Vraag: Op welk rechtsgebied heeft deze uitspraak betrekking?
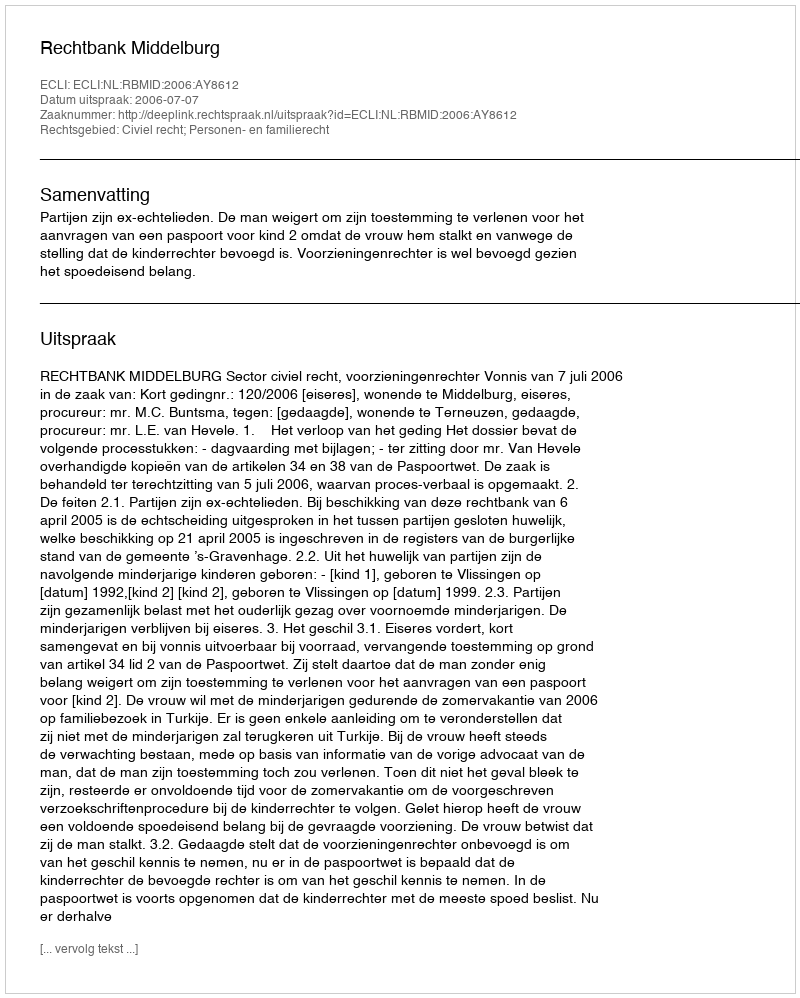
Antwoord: Civiel recht; Personen- en familierecht